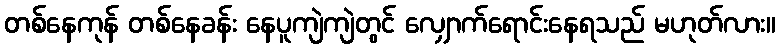
တစ်နေကုန် တစ်နေခန်း နေပူကျဲကျဲတွင် လျှောက်ရောင်းနေရသည် မဟုတ်လား။